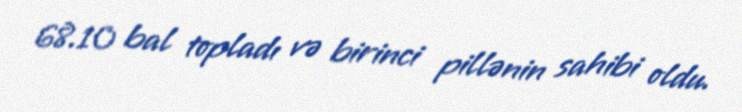
68.10 bal topladı və birinci pillənin sahibi oldu.